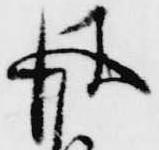
彼